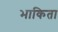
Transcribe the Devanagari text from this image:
भाकिता